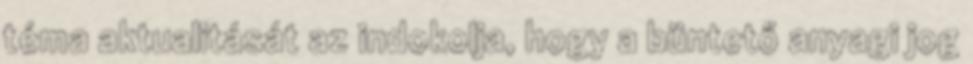
téma aktualitását az indokolja, hogy a büntető anyagi jog